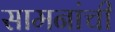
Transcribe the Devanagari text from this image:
सामनांची